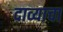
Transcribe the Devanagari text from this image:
दाव्याचा